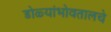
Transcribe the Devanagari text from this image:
डोळ्यांभोवतालचे